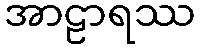
အာဠာရဿ